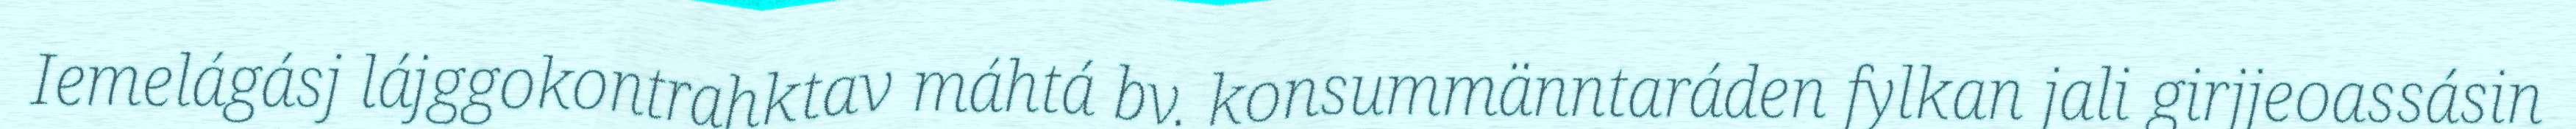
Iemelágásj lájggokontrahktav máhtá bv. konsummänntaráden fylkan jali girjjeoassásin